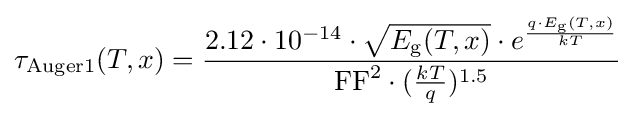
\tau _{\text{Auger1}}(T,x)={\frac {2.12\cdot 10^{-14}\cdot {\sqrt {E_{\text{g}}(T,x)}}\cdot e^{\frac {q\cdot E_{\text{g}}(T,x)}{kT}}}{\mathrm {FF} ^{2}\cdot ({\frac {kT}{q}})^{1.5}}}